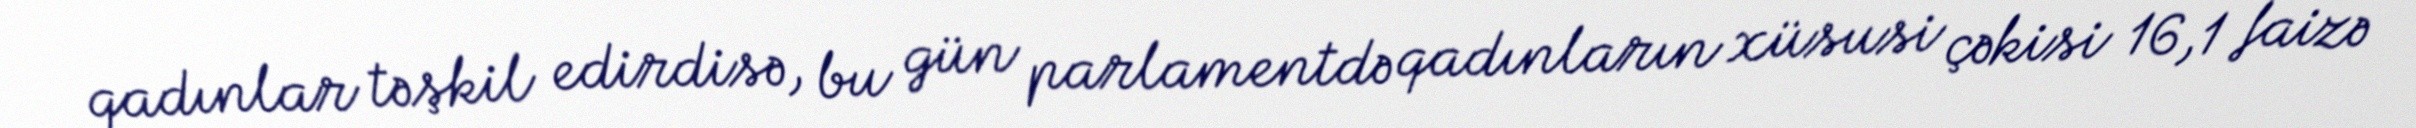
qadınlar təşkil edirdisə, bu gün parlamentdə qadınların xüsusi çəkisi 16,1 faizə